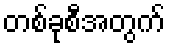
တစ်ခုစီအတွက်